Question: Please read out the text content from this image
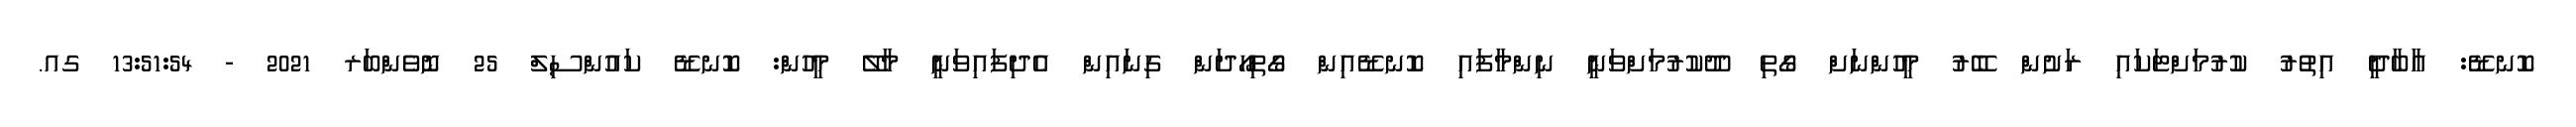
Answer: ކޮނޑޭ: އާބާދީ އިތުރު ކުރުމަށްޓަކައި ރަށުން ބޭރު މީހުންނަށް ގޯތި ދޫކުރުމަށްވަނީ ނިންމާފައި ކޮނޑޭއިން ގޯތިހޯދަން ގިނައިން އެދިފައިވަނީ މާލޭ މީހުން: ކޮނޑޭ ކައުންސިލް 25 ނޮވެންބަރ 2021 - 13:51:54 ގއ.